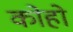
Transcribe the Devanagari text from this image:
कोहो